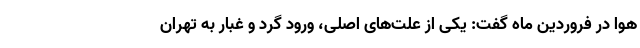
هوا در فروردین ماه گفت: یکی از علت‌های اصلی، ورود گرد و غبار به تهران